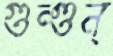
গুন্‌গুন্‌